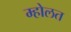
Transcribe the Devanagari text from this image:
म्होलत